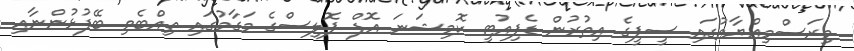
މިރަސްމިއްޔާތުގައި ސީޕީގެ އިތުރުން ޑެޕިއުޓީ ކޮމިޝަނަ އޮފް ޕޮލިސްގެ މަގާމުގައި ތިއްބެވި ބޭފުޅުންނާއި